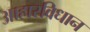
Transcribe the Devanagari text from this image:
आहारविधान